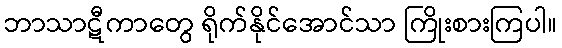
ဘာသာဋီကာတွေ ရိုက်နိုင်အောင်သာ ကြိုးစားကြပါ။